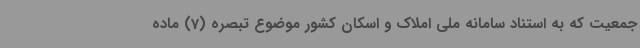
جمعیت که به استناد سامانه ملی املاک و اسکان کشور موضوع تبصره (7) ماده